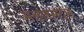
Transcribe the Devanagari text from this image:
सलाडसदृश